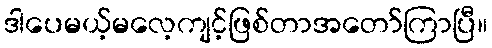
ဒါပေမယ့်မလေ့ကျင့်ဖြစ်တာအတော်ကြာပြီ။